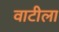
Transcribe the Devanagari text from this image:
वाटीला